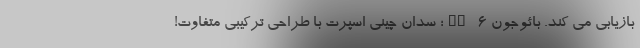
بازیابی می کند. بائوجون RC-6؛ سدان چینی اسپرت با طراحی ترکیبی متفاوت!